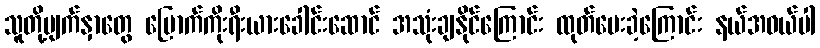
သူတို့မျက်နှာတွေ မြောက်ကိုးရီးယားခေါင်းဆောင် အသုံးချနိုင်ကြောင်း ထုတ်ပေးခဲ့ကြောင်း နယ်အဝယ်ပါ